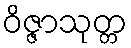
ဝိဇ္ဇာသုတ္တ